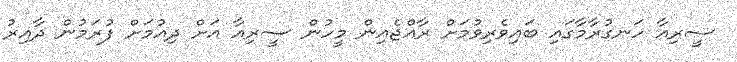
ސީރިއާ ހަނގުރާމާގައި ބައިވެރިވުމަށް ރާއްޖެއިން މީހުން ސީރިއާ އަށް ދިއުމަށް ފުރަމުން ދާއިރު